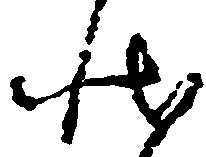
状